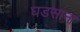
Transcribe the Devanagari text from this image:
घडसाना